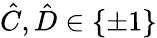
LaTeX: \hat{C},\hat{D}\in\{ \pm 1\}